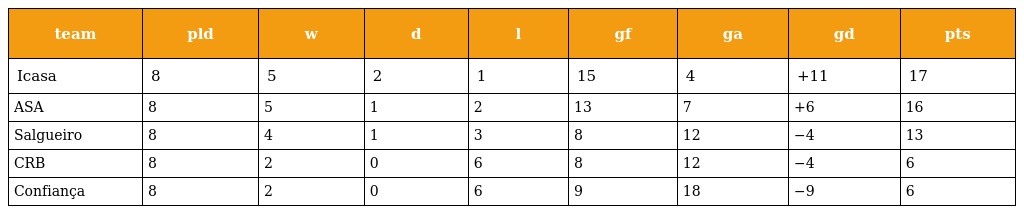
| team | pld | w | d | l | gf | ga | gd | pts |
 | --- | --- | --- | --- | --- | --- | --- | --- | --- |
 | Icasa | 8 | 5 | 2 | 1 | 15 | 4 | +11 | 17 |
 | ASA | 8 | 5 | 1 | 2 | 13 | 7 | +6 | 16 |
 | Salgueiro | 8 | 4 | 1 | 3 | 8 | 12 | −4 | 13 |
 | CRB | 8 | 2 | 0 | 6 | 8 | 12 | −4 | 6 |
 | Confiança | 8 | 2 | 0 | 6 | 9 | 18 | −9 | 6 |